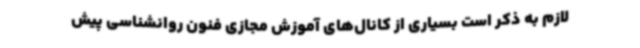
لازم به ذکر است بسیاری از کانال‌های آموزش مجازی فنون روانشناسی پیش